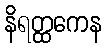
နိရတ္ထကေန